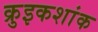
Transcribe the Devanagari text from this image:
क्रुइकशांक